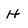
Character: H